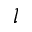
l